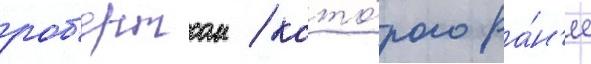
роб'ертсом / кото́рого ра́н'ее